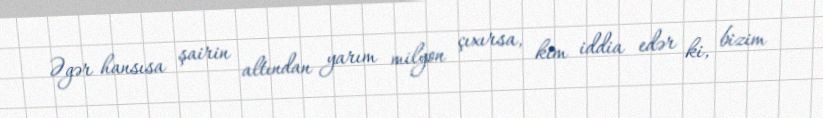
Əgər hansısa şairin altından yarım milyon çıxırsa, kim iddia edər ki, bizim